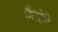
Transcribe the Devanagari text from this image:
कैसेनि